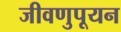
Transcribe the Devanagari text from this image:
जीवणुपूयन